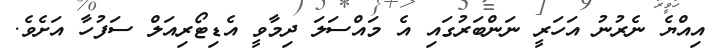
އިއްޔެ ނެރުނު އަހަރީ ނަންބަރުގައި އެ މައްސަލަ ދިމާވީ އެޑިޓޯރިއަލް ސަފުހާ އަށެވެ.